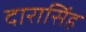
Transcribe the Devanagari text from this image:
दारासिंह